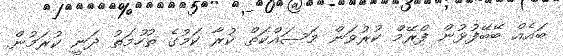
ބައެއް ބޭބޭފުޅުން ފްރޭމް ކުރުވަން މަސައްކަތް ކުރާ ކަމުގެ ތުހުމަތު ދަނީ ކުރަމުން.